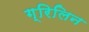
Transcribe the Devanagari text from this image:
ग्रिलिन